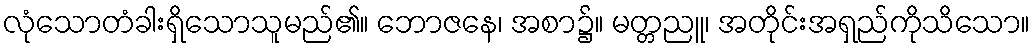
လုံသောတံခါးရှိသောသူမည်၏။ ဘောဇနေ၊ အစာ၌။ မတ္တညူ၊ အတိုင်းအရှည်ကိုသိသော။